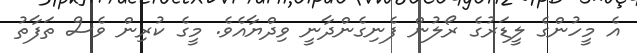
އެ މީހުންގެ ލީޑަރުގެ ރޯލުން ފެނިގެންދާނީ ވިދްޔާއެވެ. މީގެ ކުރިން ވެސް ތަފާތު